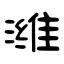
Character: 潍